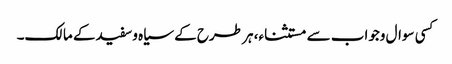
کسی سوال وجواب سے مستثناء، ہر طرح کے سیاہ وسفیدکے مالک۔